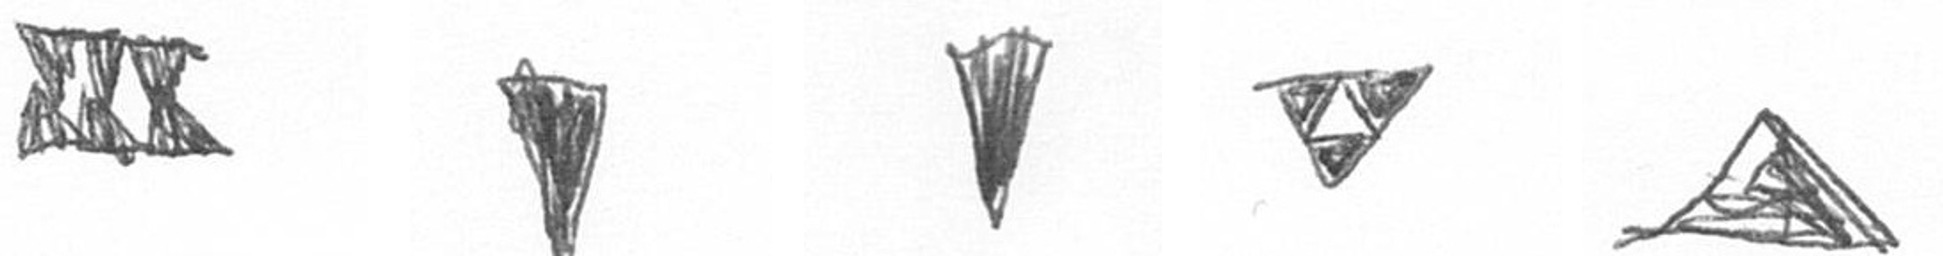
D J J S O